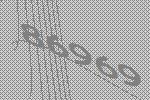
86969